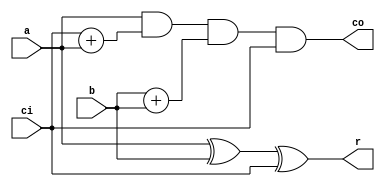
module FullAdder (
    input  a,
    input  b,
    input  ci,
    output r,
    output co
);
  assign r  = a ^ b ^ ci;
  assign co = a & ci + a & b + b & ci;
endmodule